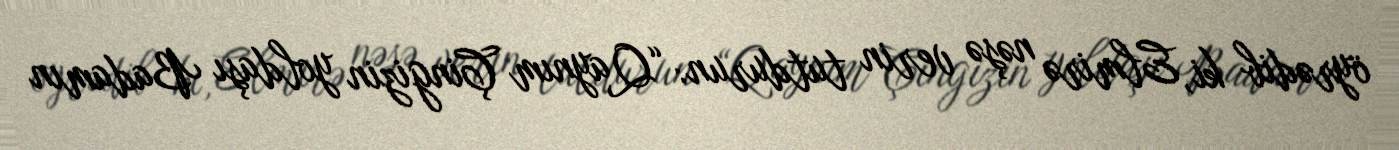
öyrədib ki, Elmirə nəşə verin tutdurun: “Qaynım Çingizin yoldaşı Badamın